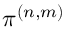
\pi ^ { ( n , m ) }